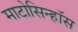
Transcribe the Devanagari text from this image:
माटोसिन्हॉस